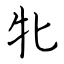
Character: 牝